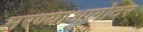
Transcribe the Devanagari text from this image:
मरण्याआगोदर